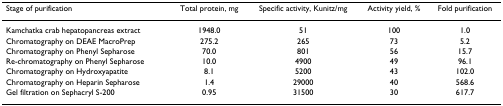
<table><thead><tr><td><b>Stage of purification</b></td><td><b>Total protein, mg</b></td><td><b>Specific activity, Kunitz/mg</b></td><td><b>Activity yield, %</b></td><td><b>Fold purification</b></td></tr></thead><tbody><tr><td>Kamchatka crab hepatopancreas extract</td><td>1948.0</td><td>51</td><td>100</td><td>1.0</td></tr><tr><td>Chromatography on DEAE MacroPrep</td><td>275.2</td><td>265</td><td>73</td><td>5.2</td></tr><tr><td>Chromatography on Phenyl Sepharose</td><td>70.0</td><td>801</td><td>56</td><td>15.7</td></tr><tr><td>Re-chromatography on Phenyl Sepharose</td><td>10.0</td><td>4900</td><td>49</td><td>96.1</td></tr><tr><td>Chromatography on Hydroxyapatite</td><td>8.1</td><td>5200</td><td>43</td><td>102.0</td></tr><tr><td>Chromatography on Heparin Sepharose</td><td>1.4</td><td>29000</td><td>40</td><td>568.6</td></tr><tr><td>Gel filtration on Sephacryl S-200</td><td>0.95</td><td>31500</td><td>30</td><td>617.7</td></tr></tbody></table>